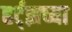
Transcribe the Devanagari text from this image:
हर्ट्‌झच्या